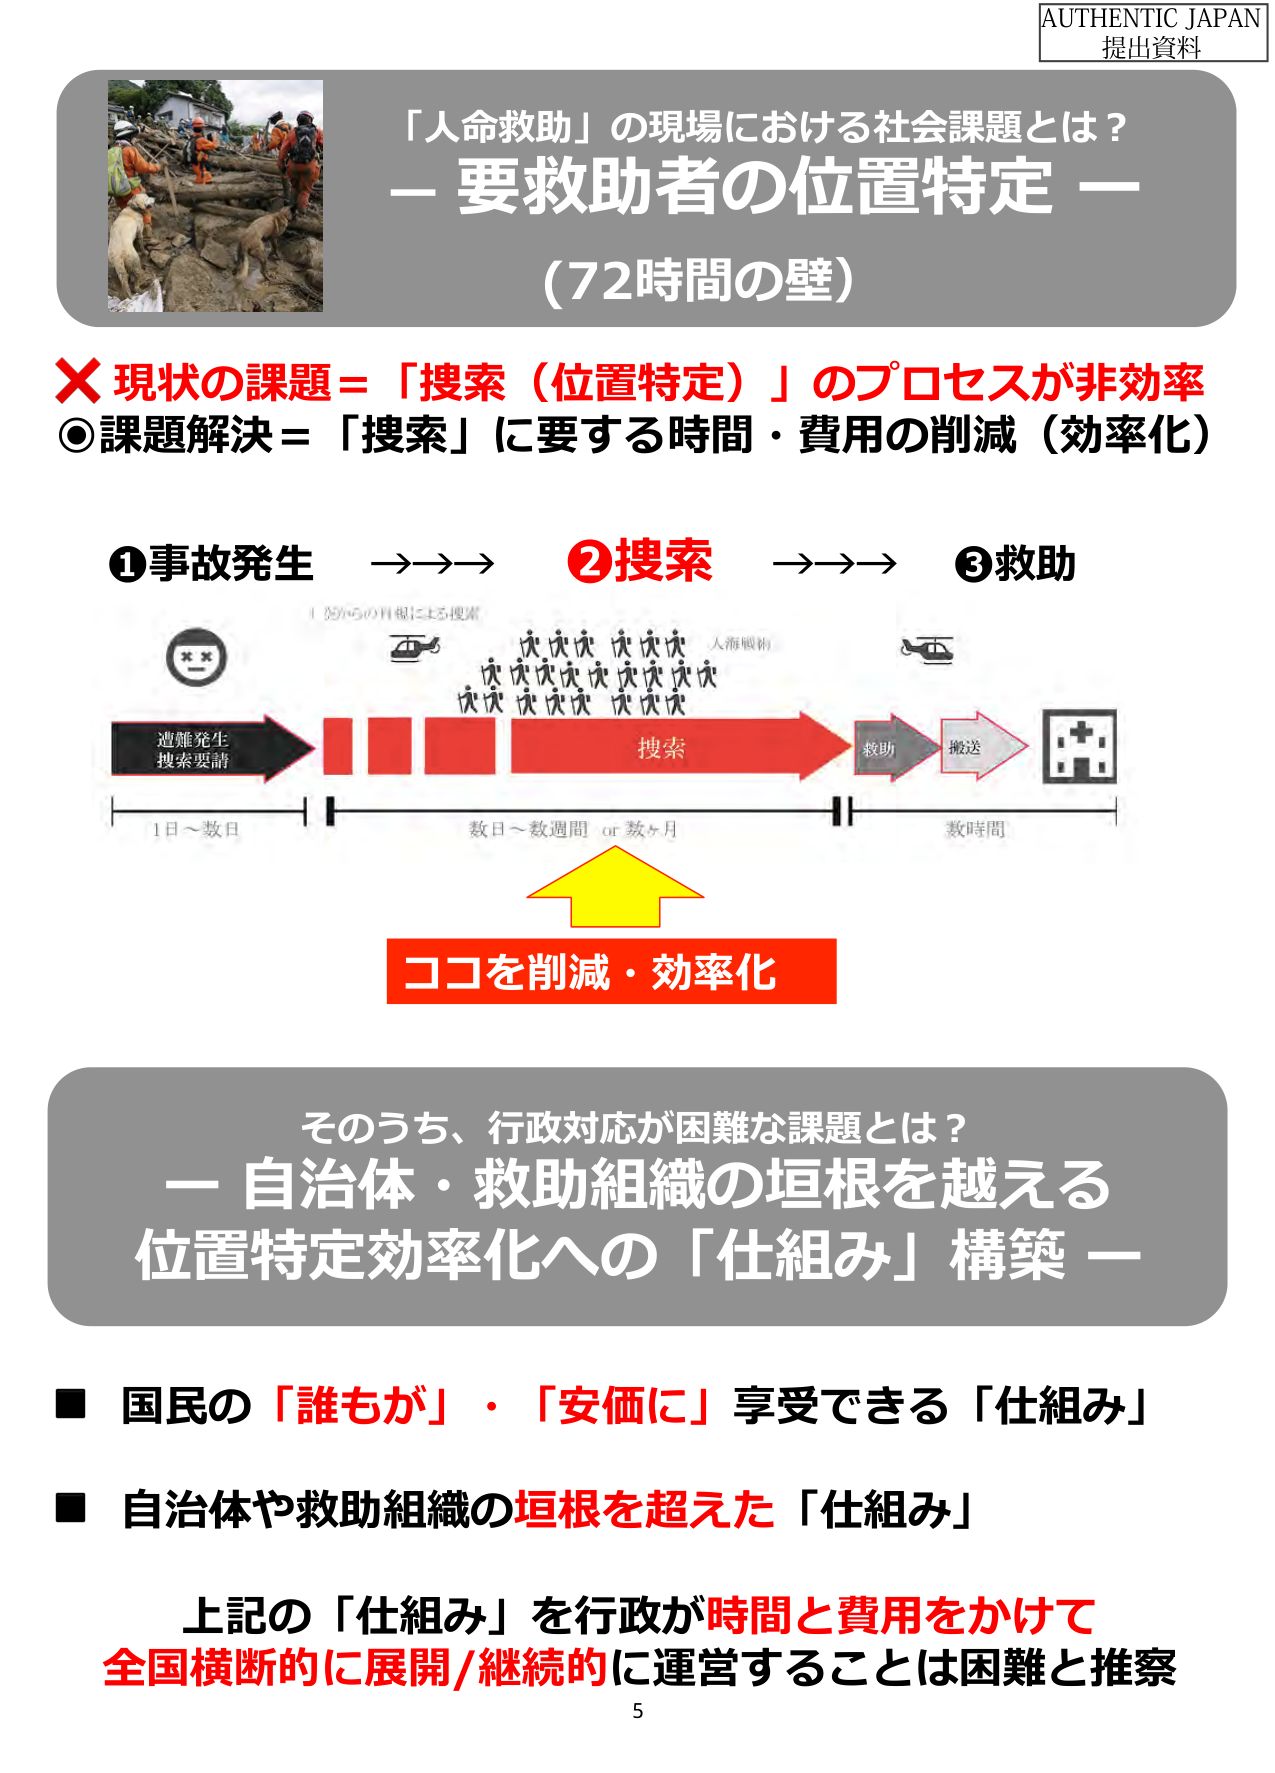
AUTHENTIC JAPAN
提出資料

「人命救助」の現場における社会課題とは？
－ 要救助者の位置特定 －
（72時間の壁）

× 現状の課題＝「捜索（位置特定）」のプロセスが非効率
◎ 課題解決＝「捜索」に要する時間・費用の削減（効率化）

①事故発生 →→→ ②捜索 →→→ ③救助

（図中のテキスト）
「100%の目視による捜索」
「人海戦術」
「遭難発生 捜索要請」
「捜索」
「救助」
「搬送」
「1日～数日」
「数日～数週間 or 数ヶ月」
「数時間」

ココを削減・効率化

そのうち、行政対応が困難な課題とは？
－ 自治体・救助組織の垣根を越える
位置特定効率化への「仕組み」構築 －

■ 国民の「誰もが」・「安価に」享受できる「仕組み」
■ 自治体や救助組織の垣根を超えた「仕組み」

上記の「仕組み」を行政が時間と費用をかけて
全国横断的に展開/継続的に運営することは困難と推察

5